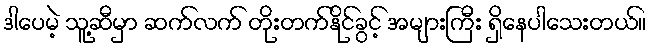
ဒါပေမဲ့ သူ့ဆီမှာ ဆက်လက် တိုးတက်နိုင်ခွင့် အများကြီး ရှိနေပါသေးတယ်။